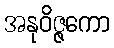
အနုဝိဇ္ဇကော